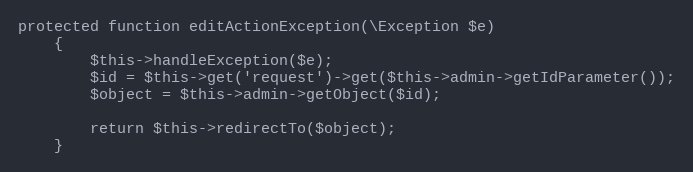
Language: PHP
protected function editActionException(\Exception $e)
    {
        $this->handleException($e);
        $id = $this->get('request')->get($this->admin->getIdParameter());
        $object = $this->admin->getObject($id);

        return $this->redirectTo($object);
    }